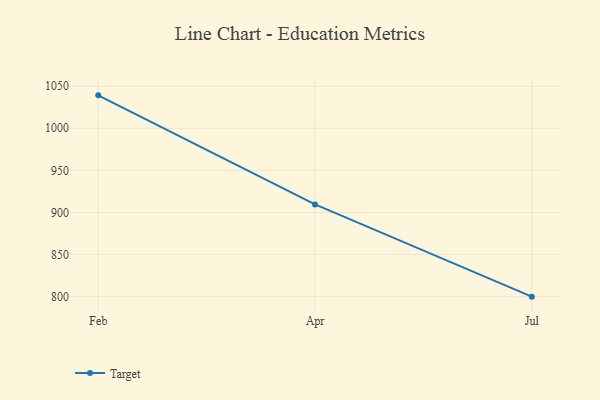
{"axis": {"x": "Month", "y": "Latency (ms)"}, "legend": ["Target"], "data": [{"x": "Feb", "y": 1039.1, "type": "Target"}, {"x": "Apr", "y": 909.5, "type": "Target"}, {"x": "Jul", "y": 800, "type": "Target"}]}